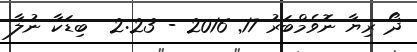
ދޯ ރިޔާ ނޮވެމްބަރު 17